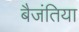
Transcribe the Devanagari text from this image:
बैजंतिया